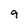
Character: 9